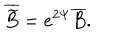
\overline { { { \widetilde { B } } } } = e ^ { 2 \Psi } \overline { { { B } } } .